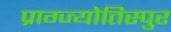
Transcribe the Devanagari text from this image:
प्राग्ज्योतिस्पुर